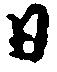
日